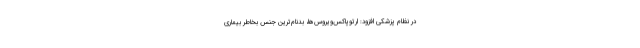
در نظام پزشکی افزود: ارتوپاکس‌ویروس‌ها، بدنام‌ترین جنس بخاطر بیماری